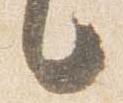
言